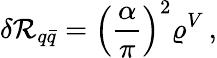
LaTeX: \delta\mathcal{R}_{q\bar{{q}}}=\left(\frac{{\alpha}}{{\pi}}\right)^{2}\varrho^{V}\, ,